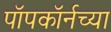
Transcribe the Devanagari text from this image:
पॉपकॉर्नच्या